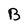
Character: B